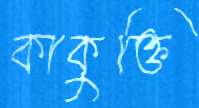
কাকুক্তি